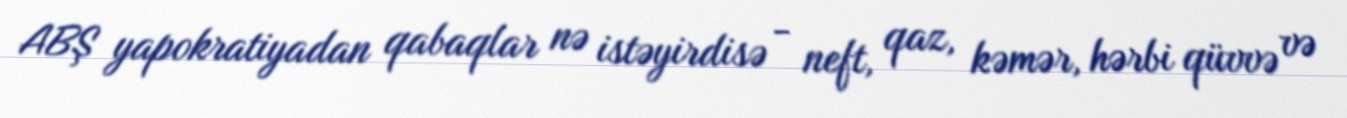
ABŞ yapokratiyadan qabaqlar nə istəyirdisə - neft, qaz, kəmər, hərbi qüvvə və